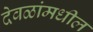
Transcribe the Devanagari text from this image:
देवळांमधील